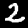
Digit: 2